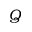
Q